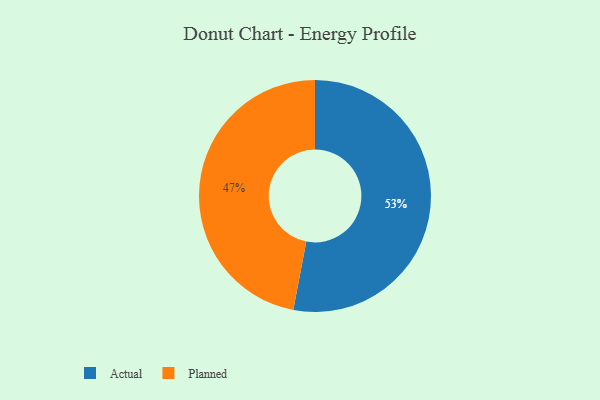
{"axis": {"x": "Category", "y": "Percentage"}, "legend": ["Actual", "Planned"], "data": [{"x": "Actual", "y": 53, "type": "Actual"}, {"x": "Planned", "y": 47, "type": "Planned"}]}